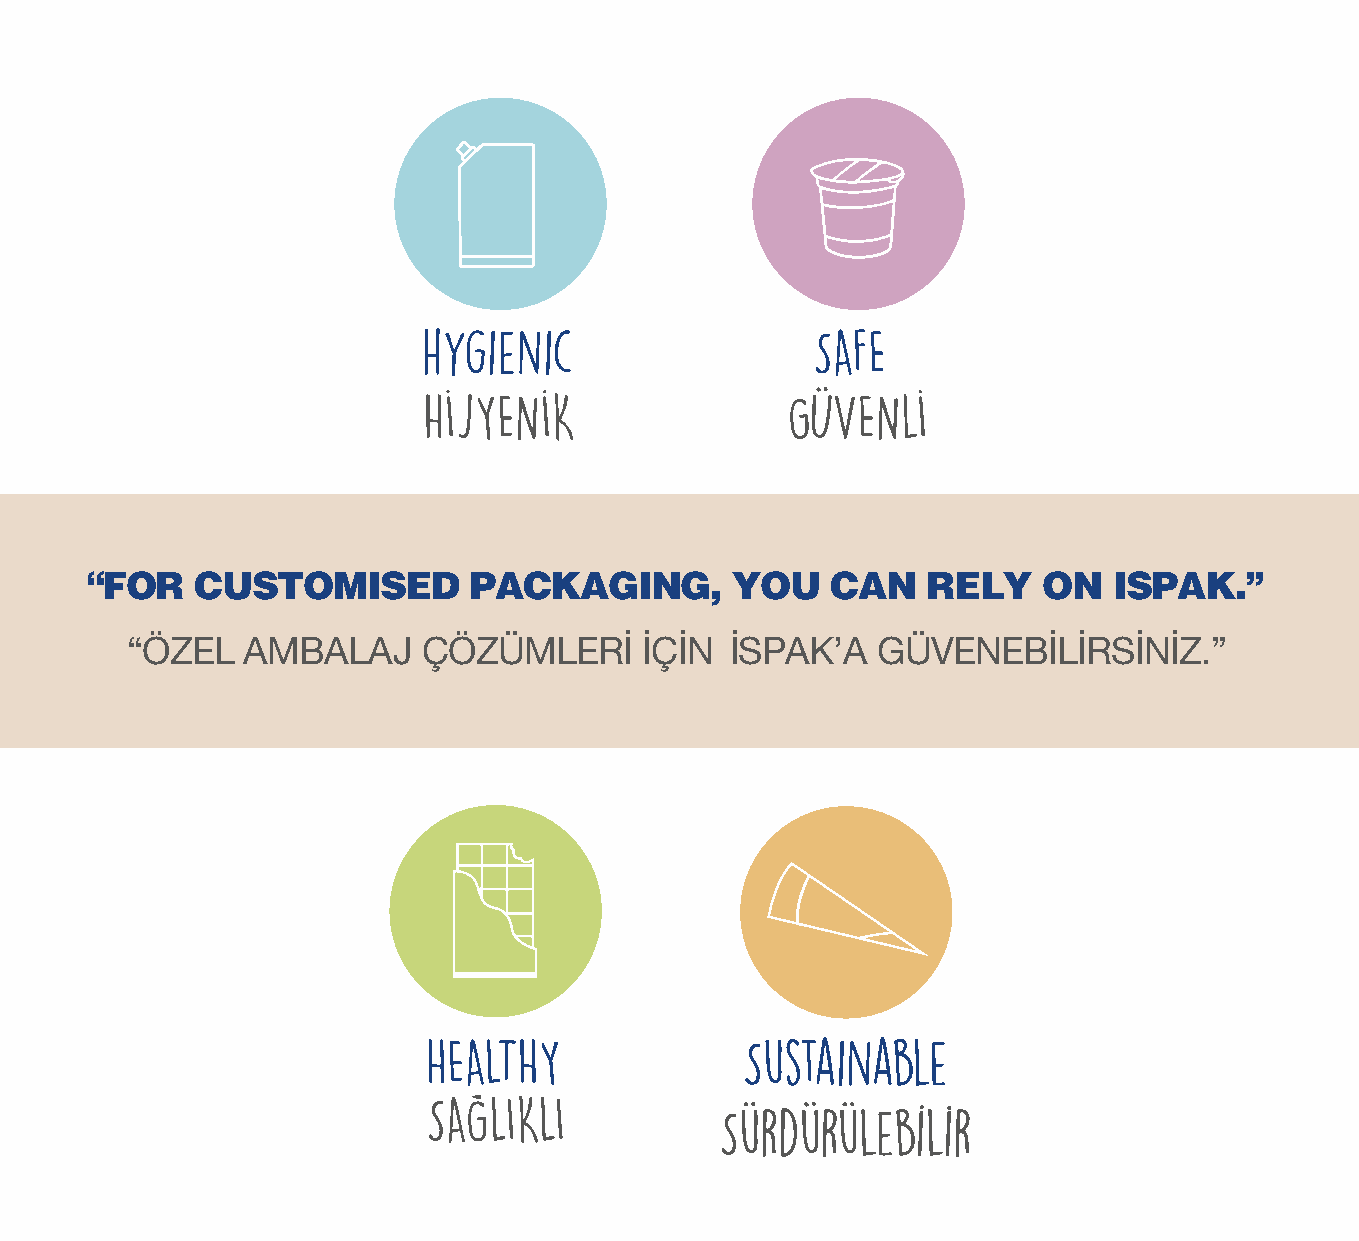
“FOR   CUSTOMISED        PACKAGING,        YOU   CAN   RELY    ON   ISPAK.”
 “ÖZEL   AMBALAJ     ÇÖZÜMLERİ      İÇİN İSPAK’A   GÜVENEBİLİRSİNİZ.”